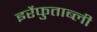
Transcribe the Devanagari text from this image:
इर्रेफुताब्ली